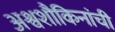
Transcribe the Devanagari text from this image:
अश्वशौकिनांची